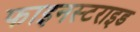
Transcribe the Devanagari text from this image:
फाइनस्टराइड